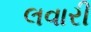
લવારી